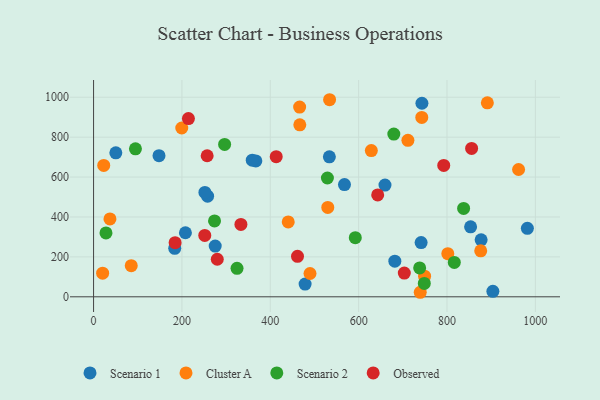
{"axis": {"x": "Price", "y": "Sales"}, "legend": ["Cluster A", "Observed", "Scenario 1", "Scenario 2"], "data": [{"x": "853.4", "y": 350.7, "type": "Scenario 1"}, {"x": "981.9", "y": 343.0, "type": "Scenario 1"}, {"x": "567.9", "y": 562.1, "type": "Scenario 1"}, {"x": "681.9", "y": 178.6, "type": "Scenario 1"}, {"x": "743.2", "y": 969.8, "type": "Scenario 1"}, {"x": "533.7", "y": 701.6, "type": "Scenario 1"}, {"x": "258.1", "y": 504.2, "type": "Scenario 1"}, {"x": "148.1", "y": 707.3, "type": "Scenario 1"}, {"x": "50.4", "y": 721.4, "type": "Scenario 1"}, {"x": "659.6", "y": 560.0, "type": "Scenario 1"}, {"x": "741.4", "y": 271.7, "type": "Scenario 1"}, {"x": "478.8", "y": 63.7, "type": "Scenario 1"}, {"x": "367.3", "y": 680.7, "type": "Scenario 1"}, {"x": "275.3", "y": 254.2, "type": "Scenario 1"}, {"x": "183.7", "y": 242.9, "type": "Scenario 1"}, {"x": "903.8", "y": 27.6, "type": "Scenario 1"}, {"x": "359.2", "y": 684.7, "type": "Scenario 1"}, {"x": "252.0", "y": 522.8, "type": "Scenario 1"}, {"x": "877.2", "y": 285.5, "type": "Scenario 1"}, {"x": "207.9", "y": 321.0, "type": "Scenario 1"}, {"x": "85.3", "y": 156.0, "type": "Cluster A"}, {"x": "440.6", "y": 375.0, "type": "Cluster A"}, {"x": "534.2", "y": 987.5, "type": "Cluster A"}, {"x": "489.9", "y": 116.9, "type": "Cluster A"}, {"x": "199.6", "y": 845.8, "type": "Cluster A"}, {"x": "749.2", "y": 103.5, "type": "Cluster A"}, {"x": "801.8", "y": 215.9, "type": "Cluster A"}, {"x": "711.5", "y": 784.3, "type": "Cluster A"}, {"x": "742.9", "y": 898.9, "type": "Cluster A"}, {"x": "37.1", "y": 390.2, "type": "Cluster A"}, {"x": "466.8", "y": 861.9, "type": "Cluster A"}, {"x": "628.7", "y": 732.6, "type": "Cluster A"}, {"x": "891.3", "y": 972.2, "type": "Cluster A"}, {"x": "466.4", "y": 950.8, "type": "Cluster A"}, {"x": "20.5", "y": 118.5, "type": "Cluster A"}, {"x": "23.0", "y": 658.2, "type": "Cluster A"}, {"x": "876.3", "y": 230.3, "type": "Cluster A"}, {"x": "739.4", "y": 22.7, "type": "Cluster A"}, {"x": "530.1", "y": 447.9, "type": "Cluster A"}, {"x": "962.0", "y": 637.9, "type": "Cluster A"}, {"x": "324.7", "y": 142.9, "type": "Scenario 2"}, {"x": "28.1", "y": 320.2, "type": "Scenario 2"}, {"x": "94.8", "y": 741.5, "type": "Scenario 2"}, {"x": "529.3", "y": 595.4, "type": "Scenario 2"}, {"x": "816.5", "y": 172.5, "type": "Scenario 2"}, {"x": "679.6", "y": 815.3, "type": "Scenario 2"}, {"x": "296.6", "y": 763.5, "type": "Scenario 2"}, {"x": "273.8", "y": 380.1, "type": "Scenario 2"}, {"x": "592.4", "y": 296.1, "type": "Scenario 2"}, {"x": "837.6", "y": 442.8, "type": "Scenario 2"}, {"x": "748.6", "y": 67.0, "type": "Scenario 2"}, {"x": "738.1", "y": 144.6, "type": "Scenario 2"}, {"x": "257.1", "y": 706.9, "type": "Observed"}, {"x": "461.6", "y": 202.7, "type": "Observed"}, {"x": "855.7", "y": 743.4, "type": "Observed"}, {"x": "413.4", "y": 702.2, "type": "Observed"}, {"x": "251.7", "y": 307.5, "type": "Observed"}, {"x": "792.6", "y": 658.4, "type": "Observed"}, {"x": "214.7", "y": 893.2, "type": "Observed"}, {"x": "184.6", "y": 271.1, "type": "Observed"}, {"x": "280.0", "y": 188.3, "type": "Observed"}, {"x": "643.1", "y": 510.6, "type": "Observed"}, {"x": "703.3", "y": 119.0, "type": "Observed"}, {"x": "333.5", "y": 362.8, "type": "Observed"}]}